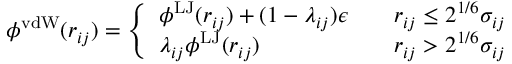
\phi ^ { \mathrm { v d W } } ( r _ { i j } ) = \left\{ \begin{array} { l l } { \phi ^ { \mathrm { L J } } ( r _ { i j } ) + ( 1 - \lambda _ { i j } ) \epsilon } & { \quad r _ { i j } \leq 2 ^ { 1 / 6 } \sigma _ { i j } } \\ { \lambda _ { i j } \phi ^ { \mathrm { L J } } ( r _ { i j } ) } & { \quad r _ { i j } > 2 ^ { 1 / 6 } \sigma _ { i j } } \end{array} \right.